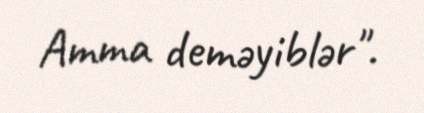
Amma deməyiblər".